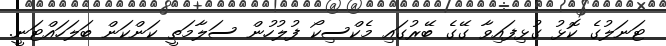
ޓަނަލުގެ ކޮޅު ގުޅިފައިވާ ގޭގެ ބޭރުގައި މެކްސިކޯ ފުލުހުން ސަލާމަތީ ކަންކަން ބަލަހައްޓަނީ.